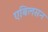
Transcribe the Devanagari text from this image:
एबिलसन